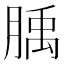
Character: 𦞇